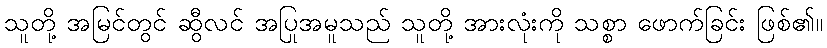
သူတို့ အမြင်တွင် ဆွီလင် အပြုအမူသည် သူတို့ အားလုံးကို သစ္စာ ဖောက်ခြင်း ဖြစ်၏။